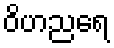
ဝိဟညရေ